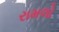
રામલો